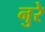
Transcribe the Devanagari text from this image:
नुरे